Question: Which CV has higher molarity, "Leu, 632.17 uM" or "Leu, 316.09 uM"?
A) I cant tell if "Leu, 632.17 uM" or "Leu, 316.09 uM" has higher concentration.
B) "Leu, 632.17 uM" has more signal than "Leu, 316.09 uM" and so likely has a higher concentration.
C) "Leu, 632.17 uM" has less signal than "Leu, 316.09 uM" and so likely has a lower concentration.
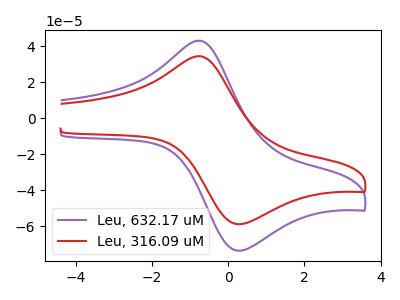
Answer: <think>The purple curve "Leu, 632.17 uM" has an anodic peak at (-0.75V, 42.90uA) and a cathodic peak at (0.25V, -73.45uA). The red curve "Leu, 316.09 uM" has an anodic peak at (-0.75V, 34.35uA) and a cathodic peak at (0.25V, -58.75uA).
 All the peaks in "Leu, 632.17 uM" have a peak in "Leu, 316.09 uM" at the same potential. Every peak in "Leu, 632.17 uM" is higher than every peak in "Leu, 316.09 uM".</think>
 <answer>B) "Leu, 632.17 uM" has more signal than "Leu, 316.09 uM" and so likely has a higher concentration.</answer>
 <eval>B</eval>